Annual administration report of the Civil Veterinary Department of India - 1895-1896
Year: 1895
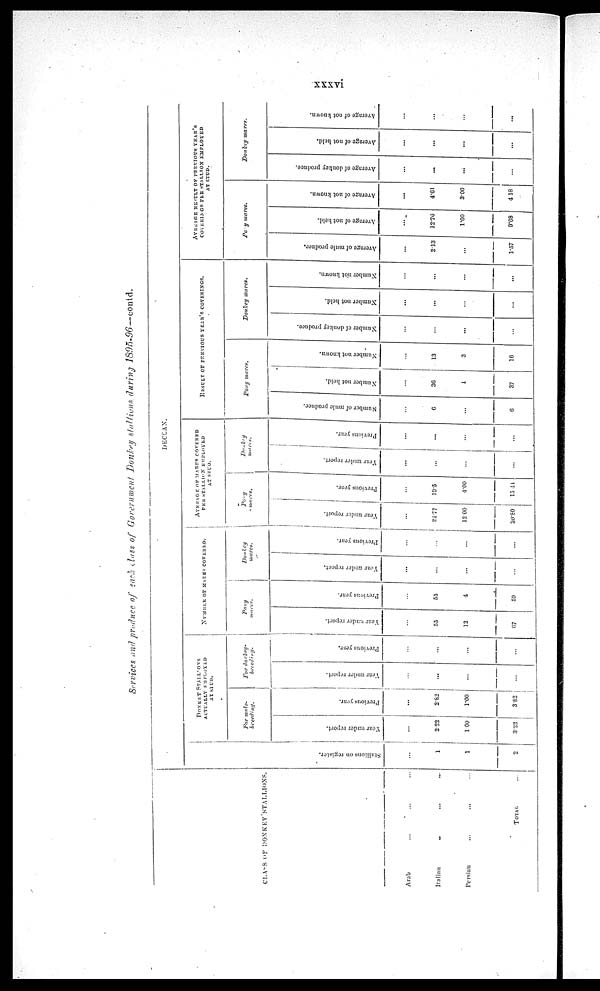
xxxvi
Services and produce of each class of Government Donkey stallions during 1895-96—contd.
CLASS OF DONKEY STALLIONS
Arab ... ... ...
Italian ... ... ...
Persian ... ... ...
TOTAL ... ... ...
DECCAN.
St al l
i
ons on register.
...
1
1
2
DONKEY STALLIONS
ACTUALLY EMPLOYED
AT STUD.
For mule-
breeding.
Year under report.
...
222
1.00
3.22
Previous year.
...
2.82
1.00
3.82
For donkey-
breeding.
Year under report.
...
...
...
...
Previous year.
...
...
...
...
NUMBER OF MARES COVERED.
Pony mares
Year under report.
...
55
12
67
Previous year.
...
55
4
50
Donkey
mares.
Year under report.
...
...
...
...
Previous year.
...
...
...
...
AVERAGE OF MARES COVERED
PER STALLION EMPLOYED
AT STUD.
Pony
mares.
Year under report.
...
2177
12.00
20.80
Previous year.
...
19.5
4.00
15.44
Donkey
mares.
Year under report.
...
...
...
...
Previous year.
...
...
...
...
RESULT OF PREVIOUS YEAR'S COVERINGS.
Donkey mares
Number of mule produce.
...
6
...
6
Pony mares.
Number
not held.
...
36
1
37
Number not known.
...
13
3
16
Donkey mares.
Number of donkey produce.
...
...
...
...
Number
not held.
...
...
...
...
Number
not known.
...
...
...
...
AVERAGE RESULT OF PREVIOUS YEAR's
COVERING
PER
STALLION
EMPLOYED
AT ETUI).
Pony mares.
Average of mule produce.
...
2.13
...
1.57
Average of not held.
...
12.76
1.00
9.68
Average of not known.
...
4.61
3.00
4.18
Donkey
mares.
Average of donkey produce.
...
...
...
...
Average of not held.
...
...
...
...
Average of not known.
...
...
...
...